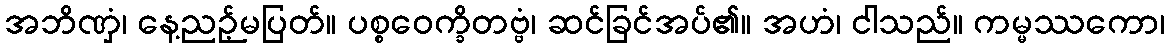
အဘိဏှံ၊ နေ့ညဉ့်မပြတ်။ ပစ္စဝေက္ခိတဗ္ဗံ၊ ဆင်ခြင်အပ်၏။ အဟံ၊ ငါသည်။ ကမ္မဿကော၊